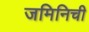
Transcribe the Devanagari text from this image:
जमिनिची